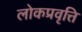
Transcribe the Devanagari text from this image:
लोकप्रवृत्ति